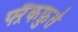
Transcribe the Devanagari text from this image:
फ्ऱैंकफ़ुर्त